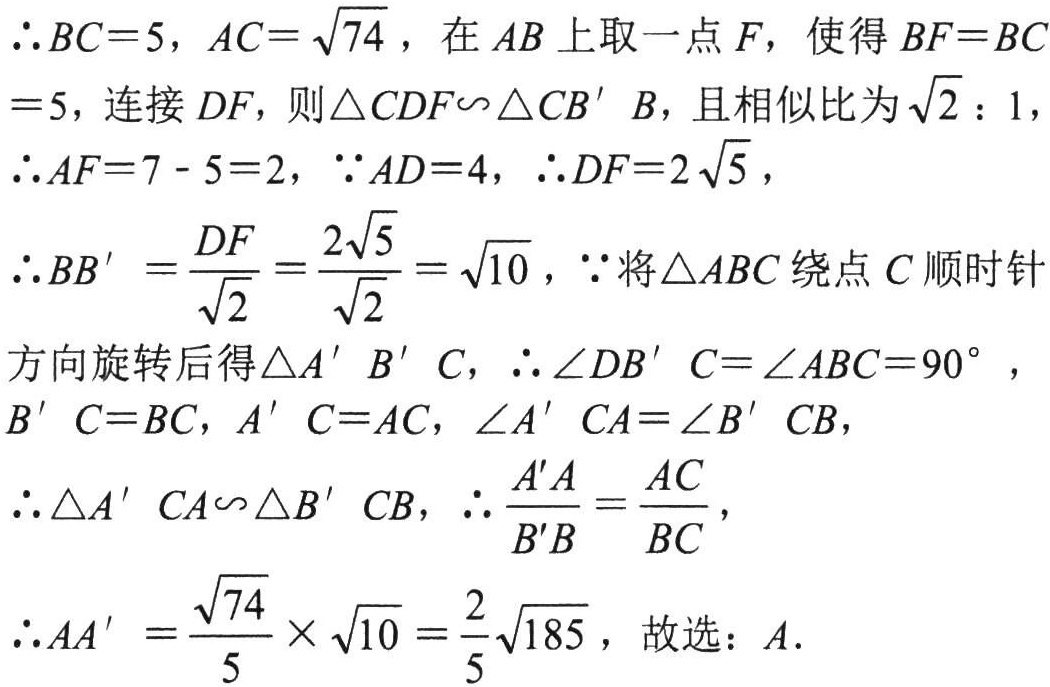
\(\therefore BC = 5, AC=\sqrt{74}\)，在 \(AB\) 上取一点 \(F\)，使得 \(BF = BC\)

\(= 5\)，连接 \(DF\)，则 \(\triangle CDF\backsim\triangle CB'B\)，且相似比为 \(\sqrt{2}:1\)，

\(\therefore AF = 7 - 5 = 2\)，\(\because AD = 4\)，\(\therefore DF = 2\sqrt{5}\)，

\(\therefore BB'=\frac{DF}{\sqrt{2}}=\frac{2\sqrt{5}}{\sqrt{2}}=\sqrt{10}\)，\(\because\)将 \(\triangle ABC\) 绕点 \(C\) 顺时针

方向旋转后得 \(\triangle A'B'C\)，\(\therefore \angle DB'C=\angle ABC = 90^{\circ}\)，

\(B'C = BC\)，\(A'C = AC\)，\(\angle A'CA=\angle B'CB\)，

\(\therefore \triangle A'CA\backsim\triangle B'CB\)，\(\therefore \frac{A'A}{B'B}=\frac{AC}{BC}\)，

\(\therefore A'A=\frac{\sqrt{74}}{5}\times\sqrt{10}=\frac{2}{5}\sqrt{185}\)，故选：\(A\).